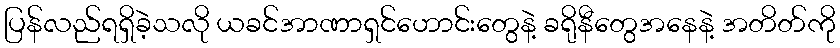
ပြန်လည်ရရှိခဲ့သလို ယခင်အာဏာရှင်ဟောင်းတွေနဲ့ ခရိုနီတွေအနေနဲ့ အတိတ်ကို